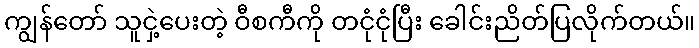
ကျွန်တော် သူငှဲ့ပေးတဲ့ ဝီစကီကို တငုံငုံပြီး ခေါင်းညိတ်ပြလိုက်တယ်။